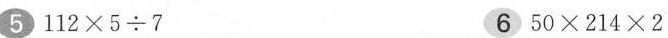
5$$1 1 2 \times 5 \div 7$$ 6$$5 0 \times 2 1 4 \times 2$$